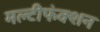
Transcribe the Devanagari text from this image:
मल्टीफंक्शन